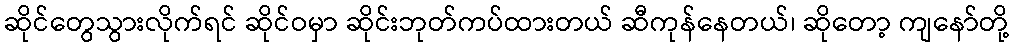
ဆိုင်တွေသွားလိုက်ရင် ဆိုင်ဝမှာ ဆိုင်းဘုတ်ကပ်ထားတယ် ဆီကုန်နေတယ်၊ ဆိုတော့ ကျနော်တို့